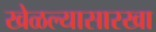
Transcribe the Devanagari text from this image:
खेळल्यासारखा